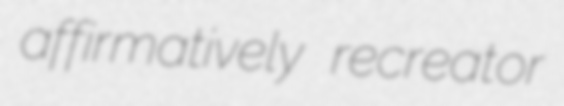
affirmatively recreator